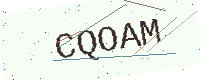
Text: CQOAM